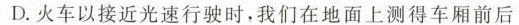
D.火车以接近光速行驶时，我们在地面上测得车厢前后